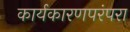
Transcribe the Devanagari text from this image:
कार्यकारणपरंपरा